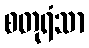
စတုရံသာ